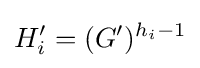
H_{i}'=(G')^{h_{i}-1}